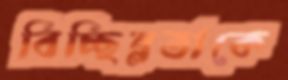
বিচ্ছিন্নতাকে